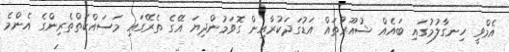
އެމްވީ ހިނގާލުމުގައި ބައެއް ޝުއޫރުތައް އަޑުގަދަކުރާއިން ގޮވަމުންދިޔަ އޭގެ ތެރޭގައި މަސައްކަތްތެރިންގެ އެންމެ